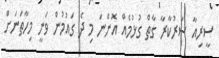
ސީރިއާ ސަރުކާރާ ގާތް ގުޅުމެއް އޮންނަ މި ދެ ގައުމުން ވަނީ މިހާތަނަށް